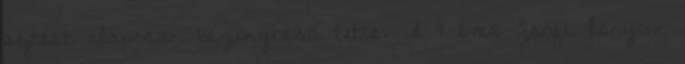
sejtést alaposan bizonyossá tette. A 9 éves Zsófi lányom